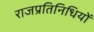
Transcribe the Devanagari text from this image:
राजप्रतिनिधियों